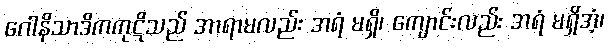
ဂေါနိသာဒိကကုဋိသည် အာရာမလည်း အရံ မရှိ၊ ကျောင်းလည်း အရံ မရှိအံ့၊